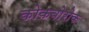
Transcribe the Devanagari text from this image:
कोकबोरोक